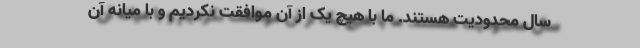
سال محدودیت هستند. ما با هیچ‌ یک از آن موافقت نکردیم و با میانه آن